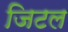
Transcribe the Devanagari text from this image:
जिटल